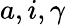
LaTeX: a,i,\gamma